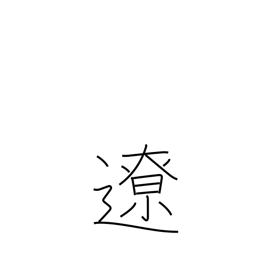
Meaning: distant